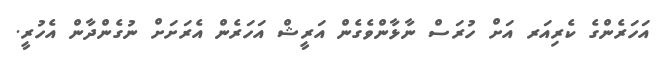
އަހަރެންގެ ކެރިއަރ އަށް ހުރަސް ނާޅާންވެގެން އަރީޝް އަހަރެން އެރަށަށް ނުގެންދާން އެހުރީ.